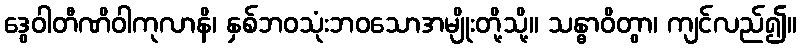
ဒွေဝါတီဏိဝါကုလာနိ၊ နှစ်ဘဝသုံးဘဝသောအမျိုးတို့သို့။ သန္ဓာဝိတွာ၊ ကျင်လည်၍။